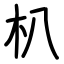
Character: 朳